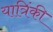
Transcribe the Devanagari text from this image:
यात्रिंकी